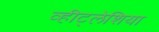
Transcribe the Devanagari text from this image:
व्हीट्लेशिया